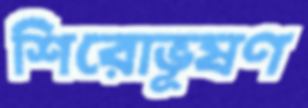
শিরোভূষণ